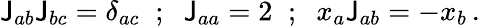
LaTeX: \mathsf{J}_{ab}\mathsf{J}_{bc}=\delta_{ac}\; \; ;\; \; \mathsf{J}_{aa}=2\; \; ;\; \; x_{a}\mathsf{J}_{ab}=-x_{b}\, .